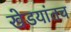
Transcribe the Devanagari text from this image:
खेडयांतच